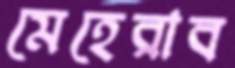
মেহেরাব